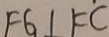
F G \bot F C